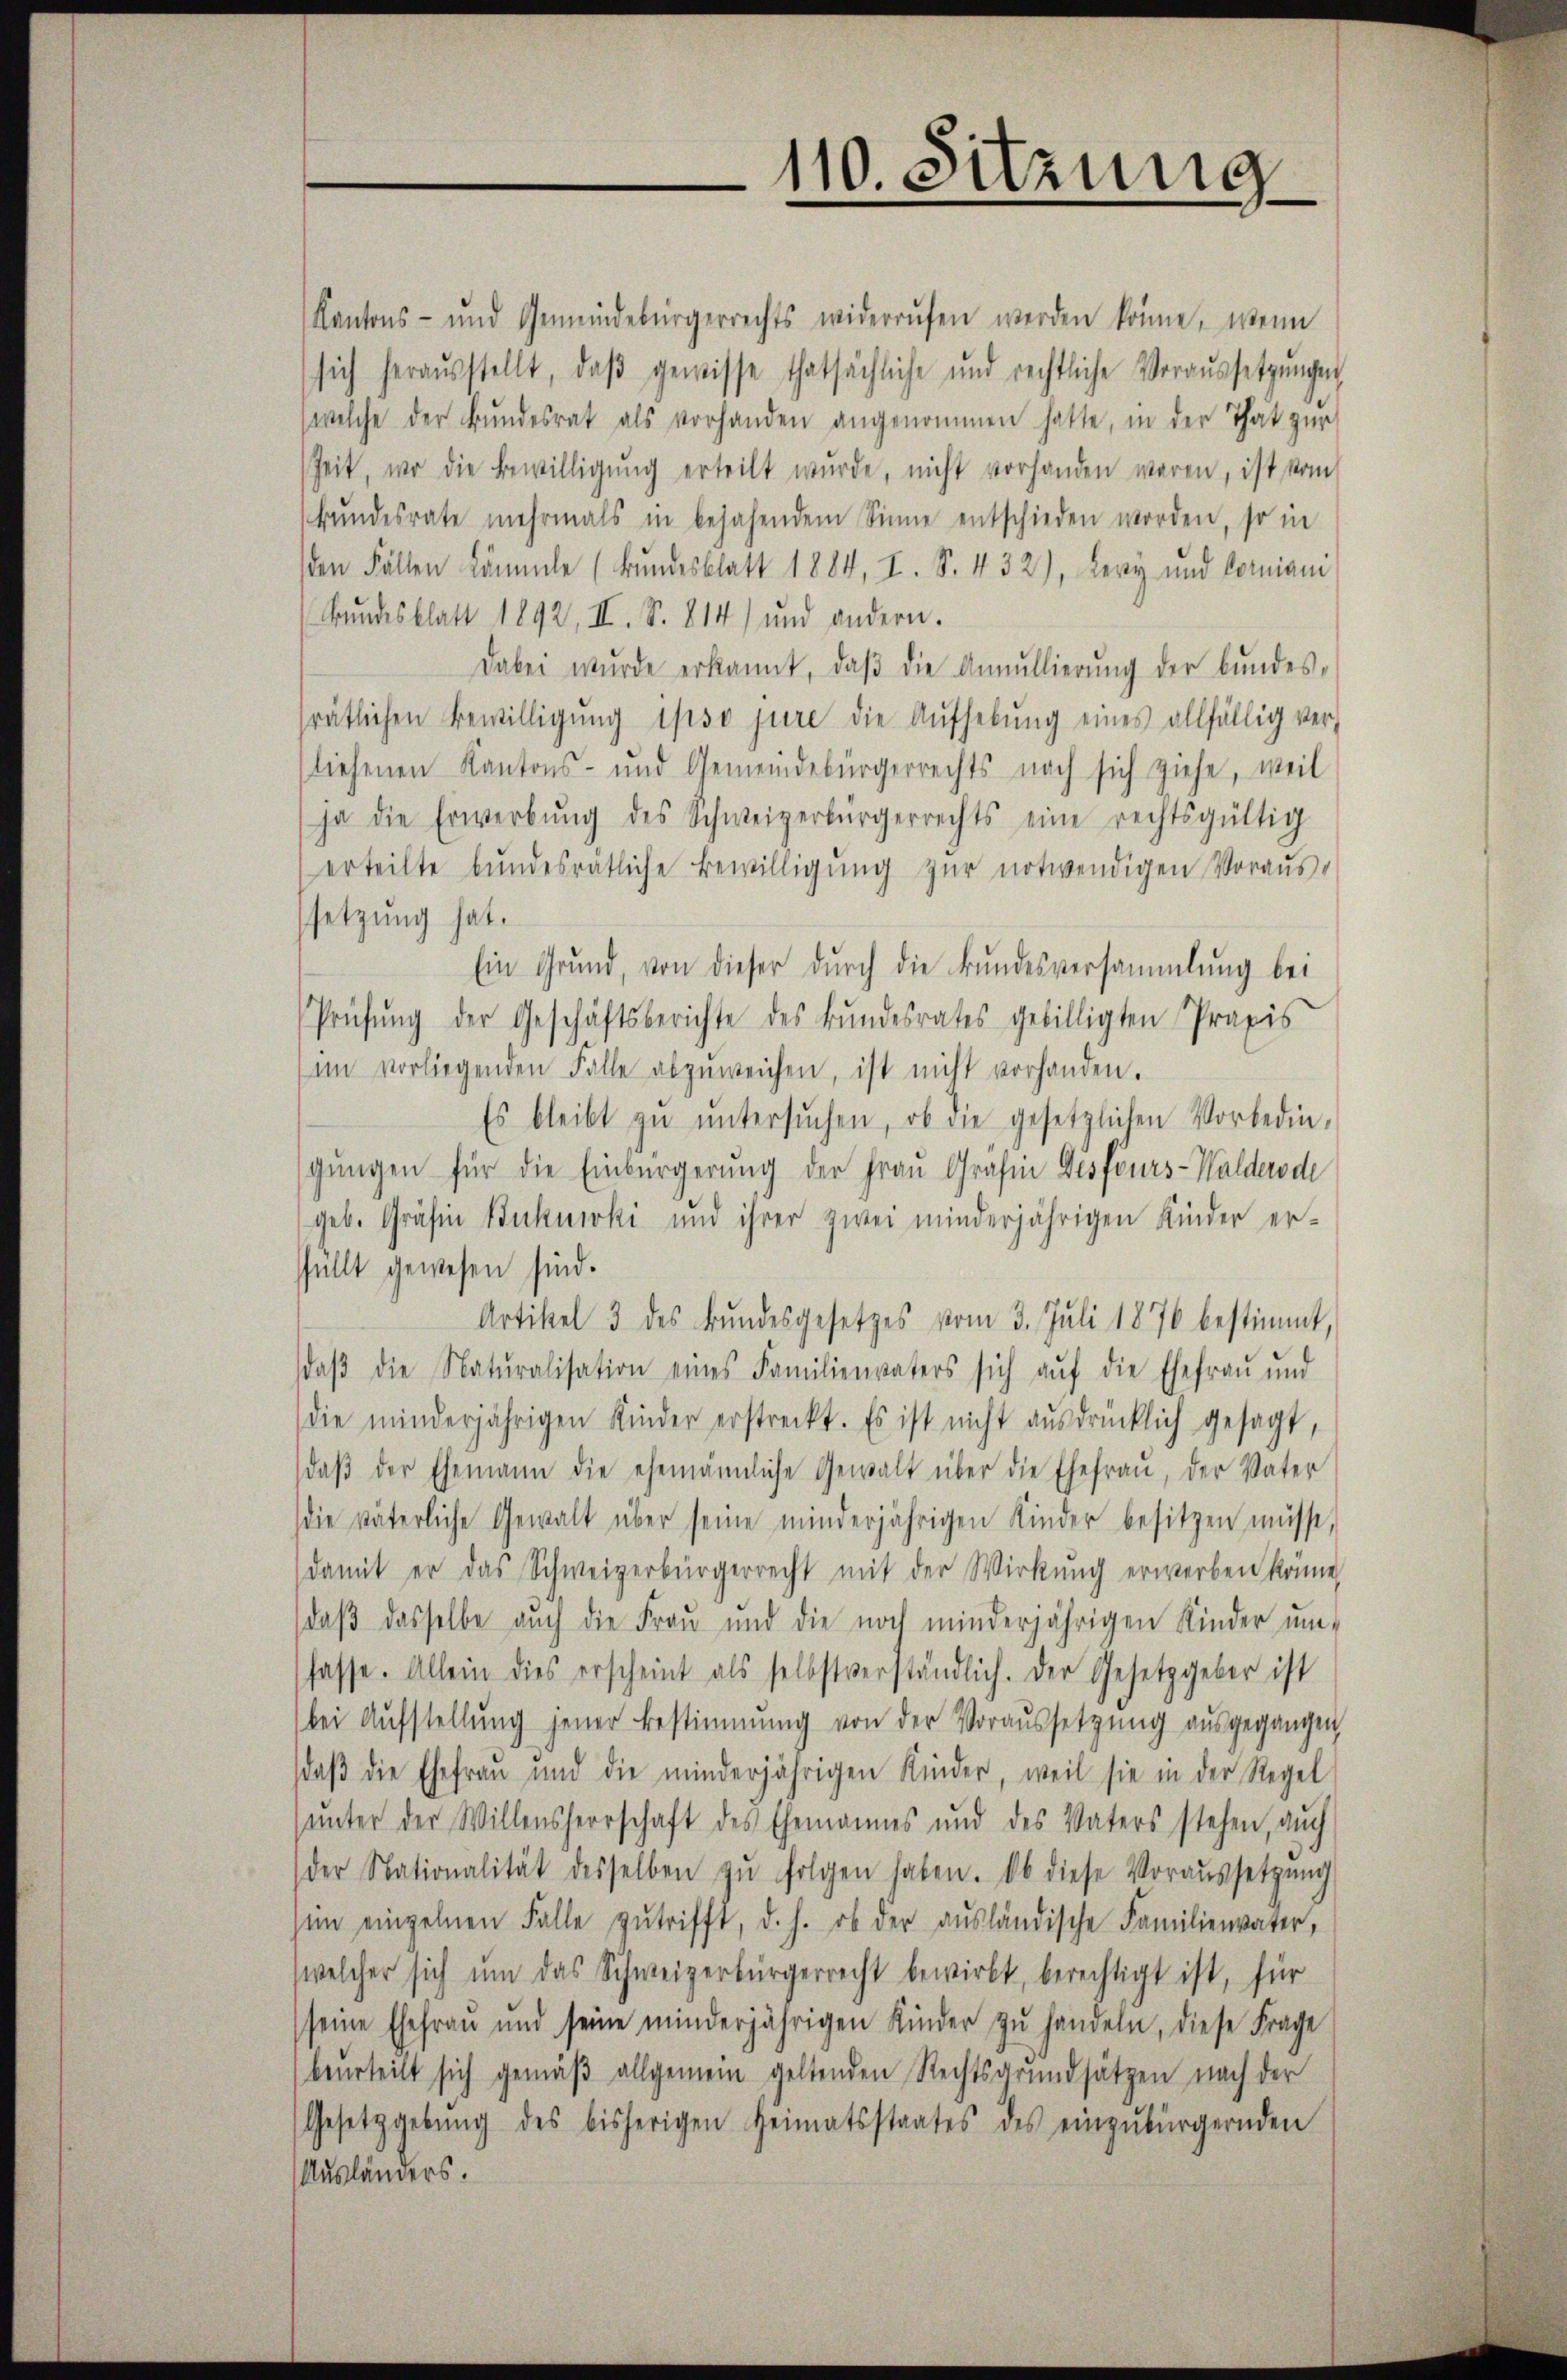
Kantons- und Gemeindebürgerrechts widerrufen werden könne, wenn
sich heraŭsstellt, daβ gewisse thatsächliche und rechtliche Voraŭssetzŭngen
welche der Bŭndesrat als vorhanden angenommen hatte, in der That zur
Zeit, wo die Bewilligŭng erteilt wurde, nicht vorhanden waren, ist vom
bŭndesrate mehrmals in bejahendem Sinne entschieden worden, so in
den Fällen kämmle (Bundesblatt 1884, I. S. 432), Lery und Comiani
Bundesblatt 1892, II. S. 814) und andern.
Dabei wurde erkannt, daβ die Annullierŭng der bundes-
rätlichen Bewilligŭng ipso jure die Aufhebung eines allfällig ver-
liefenen Kantons- und Gemeindebürgerrechts nach sich ziehe, weil
ja die Erwerbŭng des Schweizerbürgerrechts eine rechtsgültig
erteilte bŭndesrätliche Bewilligŭng zŭr notwendigen Voraŭs-
setzung hat.
Ein Grund, von dieser durch die Bundesversammlung bei
Prüfŭng der Geschäftsberichte des Bŭndesrates gebilligten Praxis
im vorliegenden Fälle abzŭweichen, ist nicht vorhanden.
Es bleibt zŭ ŭntersŭchen, ob die gesetzlichen Vorbedin-
gungen für die Einbürgerung der Frau Gräfin Gesföurs-Walderode
geb. Gräfin Bukuski und ihrer zwei minderjährigen Kinder er-
füllt gewesen sind.
Artikel 3 des Bŭndesgesetzes vom 3. Juli 1876 bestimmt,
daβ die Natŭralisation eines Familienvaters sich aŭf die Ehefrau und
die minderjährigen Kinder erstreckt. Es ist nicht ausdrücklich gesagt,
daβ der Ehemann die ehemännliche Gewalt über die Ehefrau, der Vater
die väterliche Gewalt über seine minderjährigen Kinder besitzen müsse,
damit er das Schweizerbürgerrecht mit der Wirkŭng erwerben könne,
daβ dasselbe auch die Frau und die noch minderjährigen Kinder um-
fasse. Allein dies erscheint als selbstverständlich. Der Gesetzgeber ist
bei Aŭfstellŭng jener Bestimmung von der Voraussetzŭng ausgegangen
daβ die Ehefrau und die minderjährigen Kinder, weil sie in der Regel
ŭnter der Willensherrschaft des Ehemannes und des Vaters stehen, aŭch
der Nationalität desselben zŭ folgen haben. Ob diese Voraŭssetzŭng
in einzelnen Falle zŭtrifft, d. h. ob der aŭsländische Familienvater,
welcher sich um das Schweizerbürgerrecht bewirkt, berechtigt ist, für
seine Ehefrau und seine minderjährigen Kinder zŭ handeln, diese Frage
beurteilt sich gemäβ allgemein geltenden Rechtsgrundsätzen nach der
Gesetzgebung des bisherigen Heimatsstaates des einzŭbürgernden
Ausländers.

110. Sitzung